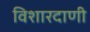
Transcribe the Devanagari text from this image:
विशारदाणी